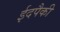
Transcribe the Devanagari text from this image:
ईदपैकी